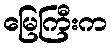
မြေကြီးက